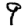
Digit: 9